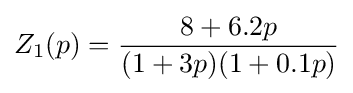
Z_{1}(p)={\frac {8+6.2p}{(1+3p)(1+0.1p)}}